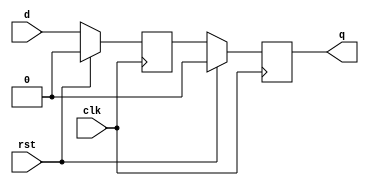
module dff_delay (
    input wire clk,
    input wire rst,
    input wire d,
    output reg q
);

reg d_delayed;

always @(posedge clk) begin
    if (rst) begin
        d_delayed <= 1'b0;
        q <= 1'b0;
    end else begin
        d_delayed <= d;
        q <= d_delayed;
    end
end

endmodule